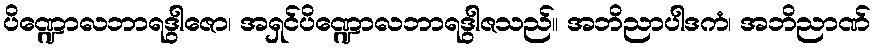
ပိဏ္ဍောလဘာရဒွါဇော၊ အရှင်ပိဏ္ဍောလဘာရဒွါဇသည်။ အဘိညာပါဒကံ၊ အဘိညာဏ်